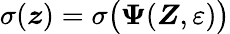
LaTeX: \sigma(\boldsymbol z)=\sigma\big(\boldsymbol{\Psi}(\boldsymbol{Z},\varepsilon)\big)